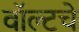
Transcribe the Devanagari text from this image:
वॉल्टचे